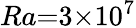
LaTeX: Ra{=}3{\times}10^{7}